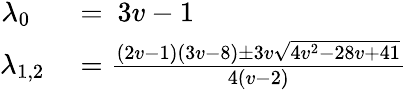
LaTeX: \begin{array}{rl}{\lambda_{0}~~}&{{}=~3v-1}\\ {\lambda_{1,2}}&{{}=\frac{(2v-1)(3v-8)\pm 3v\sqrt{4v^{2}-28v+41}}{4(v-2)}}\end{array}